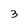
Character: 3